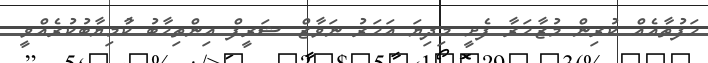
ހަފުތާއެއް ކުރިން މުޒާހަރާ ފެށީ މިދިޔަ އަހަރު ނަވާޒް ޝަރީފް އިންތިހާބު ކާުމިޔާބުކުރެއްވީ